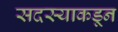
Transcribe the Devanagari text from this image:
सदस्याकडून